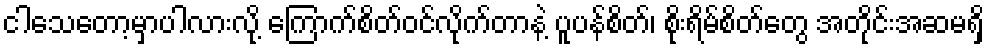
ငါသေတော့မှာပါလားလို့ ကြောက်စိတ်ဝင်လိုက်တာနဲ့ ပူပန်စိတ်၊ စိုးရိမ်စိတ်တွေ အတိုင်းအဆမရှိ